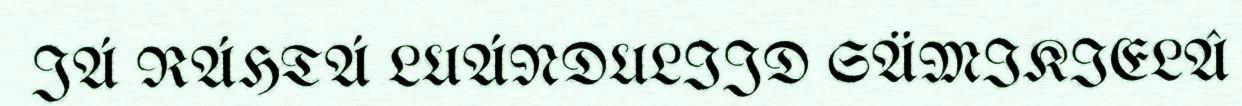
JÁ RÁHTÁ LUÁNDULIJD SÄMIKIELÂ